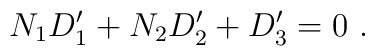
N_1D_1^{\prime}+N_2D_2^{\prime}+D_3^{\prime}=0 \ .